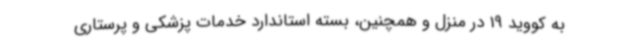
به کووید 19 در منزل و همچنین، بسته استاندارد خدمات پزشکی و پرستاری